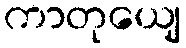
ကာတုယျေ